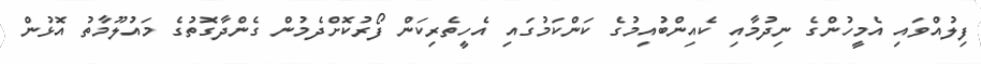
ފިލުއްވައި އެމީހުންގެ ނިދުމާއި ކެއިންބުއިމުގެ ކަންކަމުގައި އެހީތެރިކަން ފޯރުކޮށްދެމުން ގެންދާގޮތުގެ މައުލޫމާތު އޮޅުން